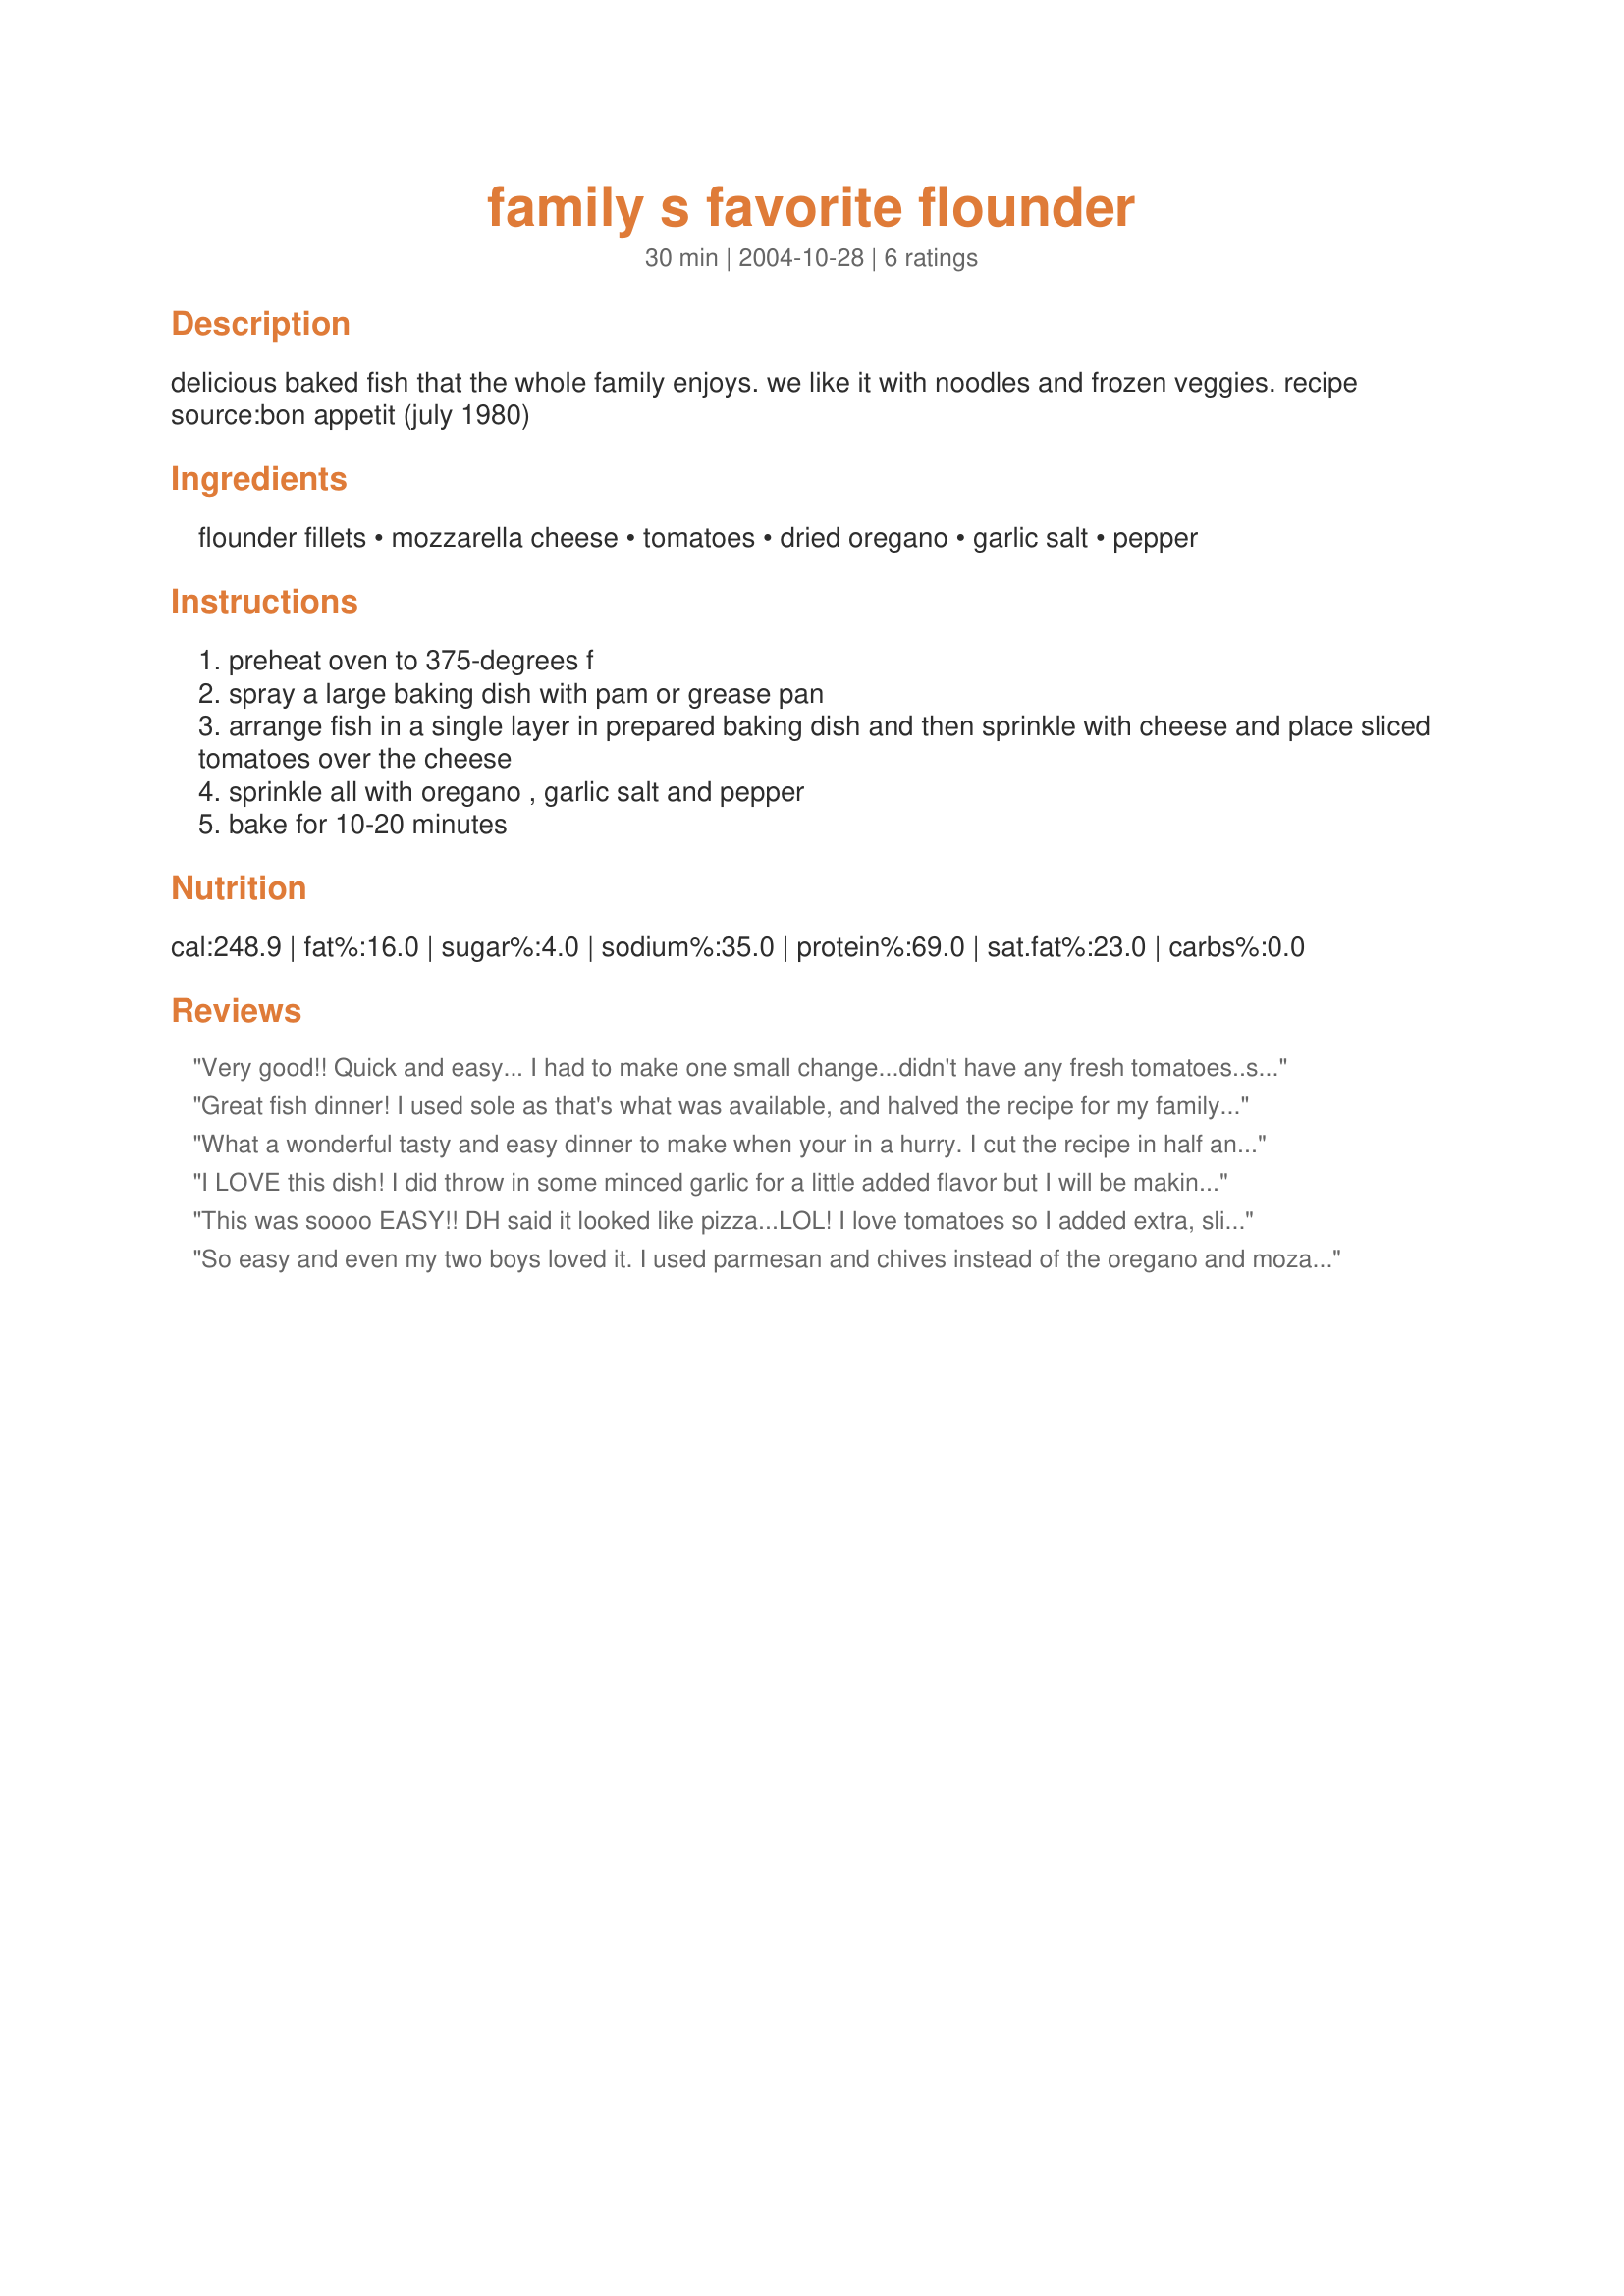
family s favorite flounder
Preparation time: 30 minutes

delicious baked fish that the whole family enjoys. we like it with noodles and frozen veggies. recipe source:bon appetit (july 1980)

Ingredients:
flounder fillets, mozzarella cheese, tomatoes, dried oregano, garlic salt, pepper

Steps:
preheat oven to 375-degrees f
spray a large baking dish with pam or grease pan
arrange fish in a single layer in prepared baking dish and then sprinkle with cheese and place sliced tomatoes over the cheese
sprinkle all with oregano , garlic salt and pepper
bake for 10-20 minutes

Reviews:
Very good!! Quick and easy... I had to make one small change...didn't have any fresh tomatoes..so I used about half of a 15 oz can of petite diced tomatoes...drained well and spread over the fish. It worked very well. I will make this again!! Thanks!
Great fish dinner! I used sole as that's what was available, and halved the recipe for my family of 3. I used the part-skim mozzarella, pre-shredded to save time. Served it with tri-color tortellini and steamed broccoli. This was ready to eat in 20 minutes...perfect for an after work dinner. Thanks Ellie, this one's a keeper!
What a wonderful tasty and easy dinner to make when your in a hurry. I cut the recipe in half and like PSU Lioness I added some minced garlic but otherwise followed the instructions. Definately a keeper for us. Thank you for posting. Made for Zaar Cookbook Tag game.
I LOVE this dish! I did throw in some minced garlic for a little added flavor but I will be making this a lot more. Everyone in the house loved it.
This was soooo EASY!! DH said it looked like pizza...LOL! I love tomatoes so I added extra, sliced very thin!! Those mixed with the flavor of the flounder, mozzarella and oregano...mmmmm...very tasty. I will definitely be making this again!
So easy and even my two boys loved it. I used parmesan and chives instead of the oregano and mozarella. I also cut out the garlic salt as the parmesan is a bit more salty. Our fish was thin so it took less than 10 minutes. It looked great with steamed broccoli and carrots. And I felt so healthy after eating it !
